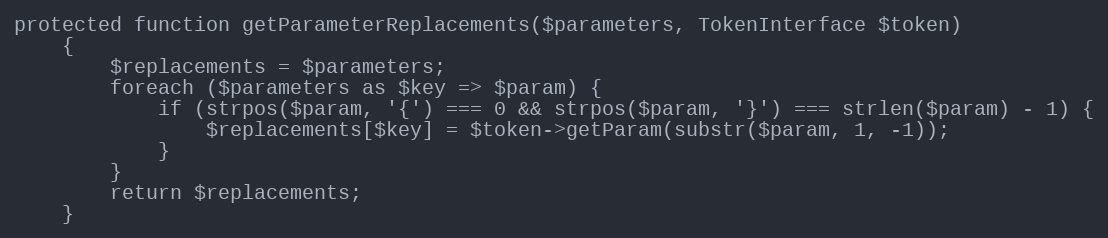
Language: PHP
protected function getParameterReplacements($parameters, TokenInterface $token)
    {
        $replacements = $parameters;
        foreach ($parameters as $key => $param) {
            if (strpos($param, '{') === 0 && strpos($param, '}') === strlen($param) - 1) {
                $replacements[$key] = $token->getParam(substr($param, 1, -1));
            }
        }
        return $replacements;
    }